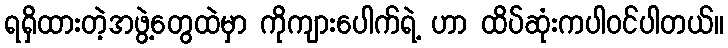
ရရှိထားတဲ့အဖွဲ့တွေထဲမှာ ကိုကျားပေါက်ရဲ့ ဟာ ထိပ်ဆုံးကပါဝင်ပါတယ်။